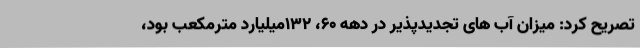
تصریح کرد: میزان آب های تجدیدپذیر در دهه 60، 132میلیارد مترمکعب بود،